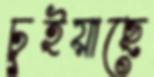
চুইয়াছে